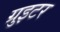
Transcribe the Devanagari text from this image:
ग्रुइटर